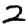
Digit: 2